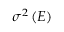
\sigma ^ { 2 } \left( E \right)